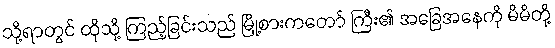
သို့ရာတွင် ထိုသို့ ကြည့်ခြင်းသည် မြို့စားကတော် ကြီး၏ အခြေအနေကို မိမိတို့